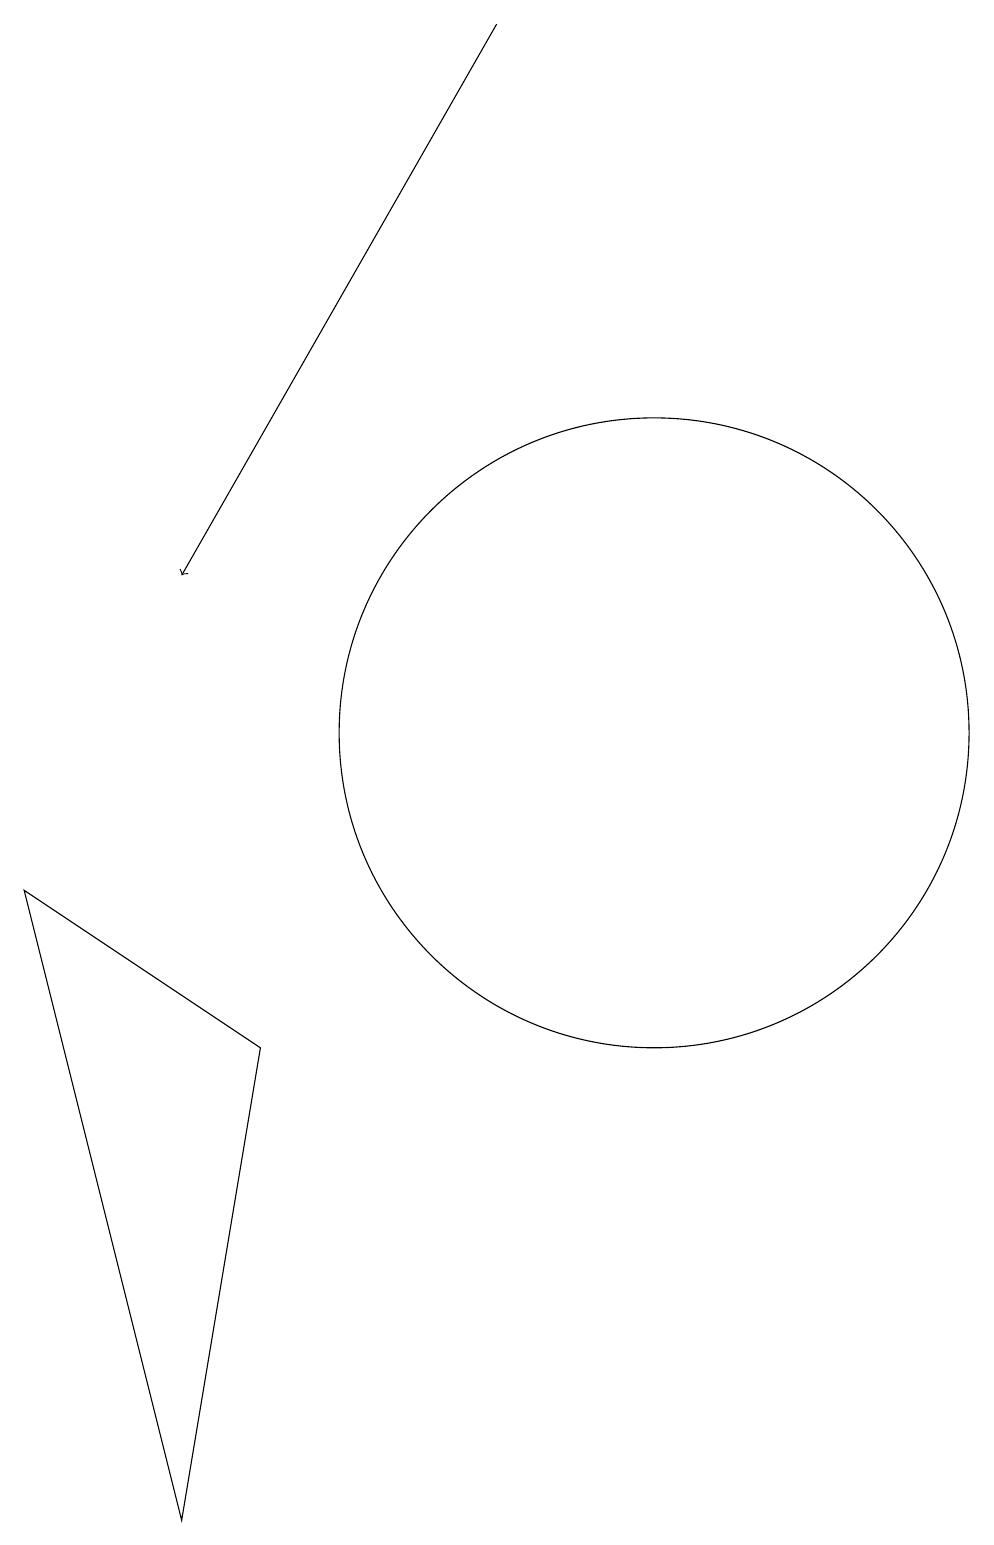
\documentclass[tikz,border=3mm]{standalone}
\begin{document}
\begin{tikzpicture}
\draw (11,10) circle (4);
\draw (3,8) -- (5,0) -- (6,6) -- cycle;
\draw[->] (9,19) -- (5,12);
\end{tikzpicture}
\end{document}